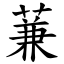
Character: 蒹